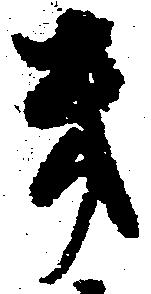
幾